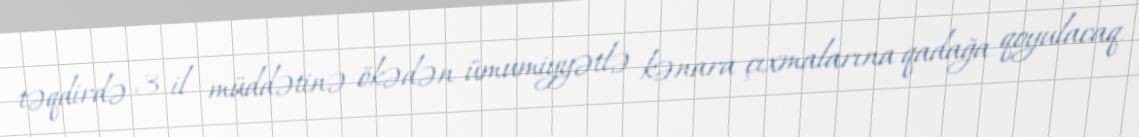
təqdirdə 3 il müddətinə ökədən ümumiyyətlə kənara çıxmalarına qadağa qoyulacaq.